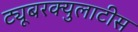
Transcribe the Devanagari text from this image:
ट्यूबरक्युलाटीस